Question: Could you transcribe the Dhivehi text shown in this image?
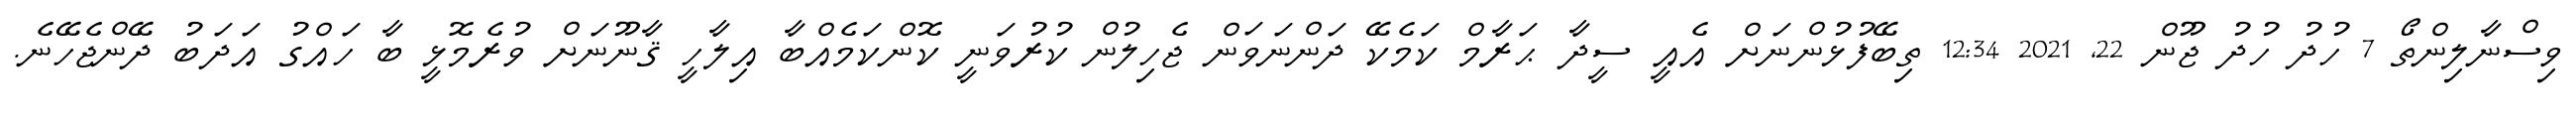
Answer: ވިސްނާލިންތޯ 7 ހުދު ހުދު ޖޫން 22, 2021 12:34 ތިބޭފުޅުންނަށް އެއީ ސީދާ ޙަރާމް ކަމެކޭ ދަންނަވަން ޖެހިލުން ކުރުވަނީ ކޮންކަމެއްބާ އިލާހީ ޤާނޫނަށް ވުރެމޮޅީ ބާ ހައްގު އަދަބު ދޭންޖެހޭނެ.